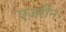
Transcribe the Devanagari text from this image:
एज़रीन